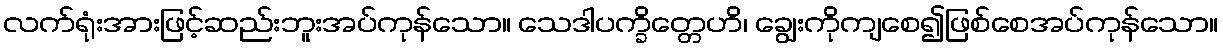
လက်ရုံးအားဖြင့်ဆည်းဘူးအပ်ကုန်သော။ သေဒါပက္ခိတ္တေဟိ၊ ချွေးကိုကျစေ၍ဖြစ်စေအပ်ကုန်သော။